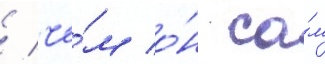
/ че́м о́н са́м